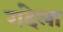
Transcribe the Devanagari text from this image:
गंदेला